Vaccination in Burma 1912-1922 - 1912-1922
Year: 1912
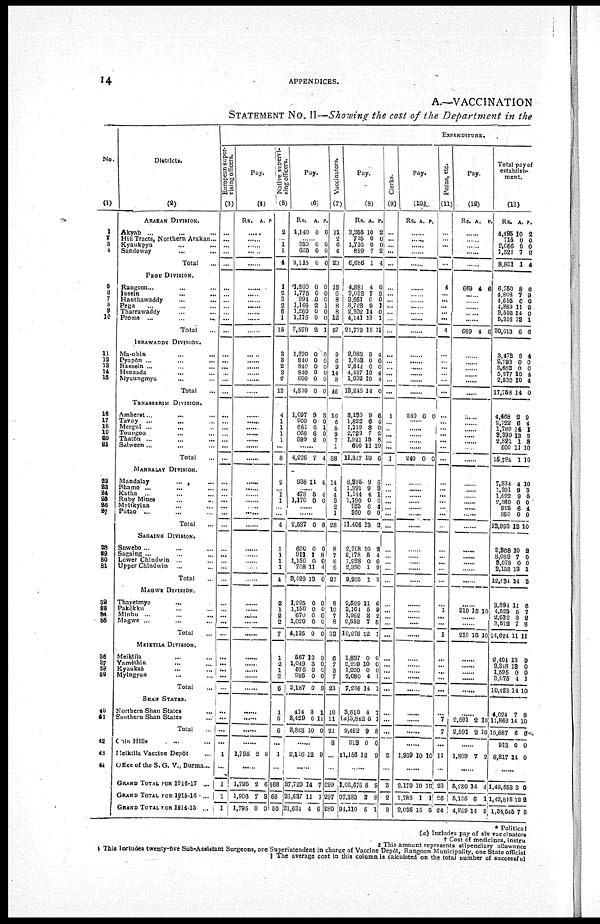
14
APPENDICES.
A.—VACCINATION
STATEMENT No. II—Showing the cost of the Department in the
No.
(1)
1
2
3 4
5
6
7
8
9
10
11
12
13
14
15
16
17
18
19
20
21
22
23
24
25
26
27
28
29
30
31
32
33
34
35
36
37
38
39
40
41
42
43
44
Districts.
(2)
ARAKAN DIVISION.
Akyab ... ... ...
Hill Tracts, Northern Arakan ...
Kyaukpyu ... ...
Sandoway
...
...
Total ...
PEGU DIVISION.
Rangoon ... ...
Insein ... ...
Hanthawaddy ... ...
Pegu ... ... ...
Tharrawaddy ... ...
Prome ...
...
...
Total ...
IRRAWADDY DIVISION.
Ma-ubin ... ...
Pyapôn ... ... ...
Bassein ... ... ...
Henzada ... ... ...
Myaungmya ... ...
Total ...
TENASSIRIM DIVISION.
Amherst ... ... ...
Tavoy ... ... ...
Mergui ...
... ...
Toungoo ... ...
Thatôn ... ... ...
Salween... ... ...
Total ...
MANDALAY DIVISION.
Mandalay ... ...
Bhamo ...
...
...
Katha ... ... ...
Ruby Mines ... ...
Myitkyina ... ...
Putao ... ... ...
Total ...
SAOAING DIVISION.
Shwebo ... ... ...
Sagaing ... ... ...
Lower Chindwin ... ...
Upper Chindwin ... ...
Total ...
MAGWE DIVISION.
Thayetmyo ... ...
Pakôkku ... ...
Minbu ...
...
...
Magwe ... ... ...
Total ...
MEIKTILA DIVISION.
Meiktila ... ...
Yamèthin ... ...
Kyauksè
...
...
Myingyan ... ...
Total ...
SHAN STATES.
Northern Shan States ...
Southern Shan States ...
Total ...
Chin Hills ... ...
Meiktila Vaccine Depôt ...
Office of the S. G. V., Burma...
GRAND TOTAL FOR 1916-17 ...
GRAND TOTAL FOR 1915-18 ...
GRAND TOTAL FOR 1914-15 ...
EXPENDITURE.
European super-
vising officers.
(3)
...
...
...
...
...
...
...
...
...
...
...
...
...
...
...
...
...
...
...
...
...
...
...
...
...
...
...
...
...
...
...
...
...
...
...
...
...
...
...
...
...
...
...
...
...
...
...
...
...
...
...
1
...
1
1
1
Pay.
(4)
Rs. A. P.
......
......
......
......
......
......
......
......
......
......
......
......
......
......
......
......
......
......
......
......
......
......
......
......
......
......
......
......
...... ......
......
......
......
......
......
......
......
......
...... ......
......
......
......
......
......
......
......
......
......
......
......
1,795 2 6
......
1,795
1,906
1,795
2
7
0
6
3
0
Native supervi-
sing officers.
(5)
2
...
1 1
4
1
2
3
2
6
1
15
3
3
2 3
2
13
4
1
1
1
1
...
8
2
... 1
1
...
...
4
1
1
1
1
4
2
1
2
2
7
1
2
1
2
6
1
5
6
...
1
...
§68
66
50
Pay.
(6)
Rs.
1,140
A.
0
P.
0
......
350
625
2,115
0
0
0
0
0
0
1,200
1,775
994
1,166
1,260
1,175
7,570
0
0
0
2
0
0
2
0
0
0
1
0
0
1
1,390
840
840
840
600
4,510
0
0
0
0
0
0
0
0
0
0
0
0
1,097
900
661
668
899
9
0
6
6
2
3
0
1
0
0
......
4,226 7 4
938 11 4
......
478
1,170
5
0
4
0
.......
......
2,587 0 8
600
911
1,150
768
3,429
0
1
0
11
13
0
8
0
4
0
1,295
1,150
670
1,020
4,135
0
0
0
0
0
0
0
0
0
0
567
1,049
575
995
3,187
13
3 0
0
0
9
0
0
0
9
414
3,429
3,843
3
6
10
1
11
0
......
2,116 12 9
......
37,720
36,637
31,634
14
11
4
7
1
6
Vaccinators.
(7)
11
2
6
4
23
15
6
8
8
8
12
57
9
6
9
14
8
46
10
6
5
9
7 1
38
14
4
4
3
2
1
28
8
7
6
6
27
8
10
7
8
33
6
7
3
7
23
10
11
21
3
...
...
299
297
280
Pay.
(8)
Rs.
3,355
715
1,716
899
6,686
A.
10
0
0
7
1
P.
2
0
0
2
4
4,881
3,033
3,661
3,723
2,332
4,141
21,773
4
7
0
9
14
13
15
0
9
0
1
0
1
11
2,083
1,953
2,842
4,437
1,932
18,248
9
0
0
10
10
14
4
0
0
4
4
0
3,130
1,832
1,119
2,722
1,921
600
11,317
9
6
8
7
15
11
10
6
4
0
2
8
10
6
6,395
1,391
1,144
1,190
926
360
11,406
9
9
4
0
6
0
13
6
3
1
0
4
0
2
2,708
2,178
1,928
2,390
9,205
10
5
0
1
1
2
4
0
9
3
2,599
3,164
1,962
2,552
10,278
11
5
3 7
12
6
9
2
8
1
1,837
2,299
1,020
2,080
7,236
0
10
0
4
14
0
0
0 1
1
3,610
(a)5,842
9,452
913
‡1,156
4
5
9
0
12
7
1
8
0
9
......
1,02,676
97,383
94,110
8
2
5
9
8
1
Clerks.
(9)
...
...
...
...
...
...
...
...
...
...
...
...
...
...
...
...
...
...
1
...
...
...
...
...
1
...
...
...
...
...
...
...
...
...
...
...
...
...
...
...
...
...
...
...
...
...
...
...
...
...
...
2
...
8
2
3
Pay.
(10)
Rs. A. P.
......
......
......
......
......
......
......
......
......
......
......
......
......
......
......
......
......
......
240 0 0
......
......
......
......
240 0 0
......
......
......
......
......
......
......
......
......
......
......
......
......
......
...... ......
......
......
......
......
......
......
......
......
......
......
1,939 10 10
......
2,179
1,783
2,035
10
1
15
10
1
5
Peons, etc.
(11)
...
...
...
...
...
4
...
...
...
...
...
4
...
...
...
...
...
...
...
...
...
...
...
...
...
...
...
...
...
...
...
...
...
...
...
...
...
...
1
...
...
1
...
...
...
...
...
...
7
7
...
11
...
23
26
24
Pay.
(12)
Rs. A. P.
......
......
......
......
......
669 4 6
......
......
......
......
669 4 6
......
......
......
......
......
......
......
......
......
......
......
......
......
......
......
......
...... ......
......
......
......
......
......
......
......
210 15 10
......
......
210 15 10
......
......
......
......
......
......
2,591
2,591
2
2
10
10
......
1,809 7 2
......
5,280
5,105
4,969
14
6
14
4
1
5
Total pay of
establish¬
ment.
(13)
Rs.
4,495
715
2,066
1,521
8,801
A.
10
0
0
7
1
P.
2
0
0
2
4
6,750
4,808
4,655
4,889
3,592
5,316
30,013
8
7
0
11
14
13
6
6
9
0
2 0
1
6
3,478
2,793
3,682
5,277
2,532
17,758
9
0
0
10
10
14
4
0
0 4
4
0
4,468
2,722
1,780
3,390
2,821
600
15,784
2 6
14
13
1
11
1
9
4
1
2
8
10
10
7,334
1,391
1,622
2,360
925
360
13,993
4
9
9
0
6
0
13
10
3
5
0
4
0
10
3,308
3,089
3,078
3,158
12,034
10
7
0
18
14
2
0
0
1
3
3,894
4,525
2,632
3,572
14,624
11
5
3
7
11
6
7
2
8
11
2,404
3,348
1,595
3,075
10,423
13
13
0
4
14
9
0
0
1
10
4,024
11,862
15,887
913
8,817
7
14
6
0
14
8
10
8
0
0
......
1,49,653
1,42,815
1,34,545
3
12
7
0
2
5
* Political
(a) Includes pay of six vaccinators
† Cost of medicines, instru
‡ This amount represents stipendiary allowance
§ This includes twenty-five Sub-Assistant Surgeons, one Superintendent in charge of Vaccine Depôt, Rangoon Municipality, one State official
¶ The average cost in this column is calculated on the total number of successful